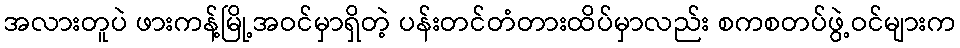
အလားတူပဲ ဖားကန့်မြို့အဝင်မှာရှိတဲ့ ပန်းတင်တံတားထိပ်မှာလည်း စကစတပ်ဖွဲ့ဝင်များက